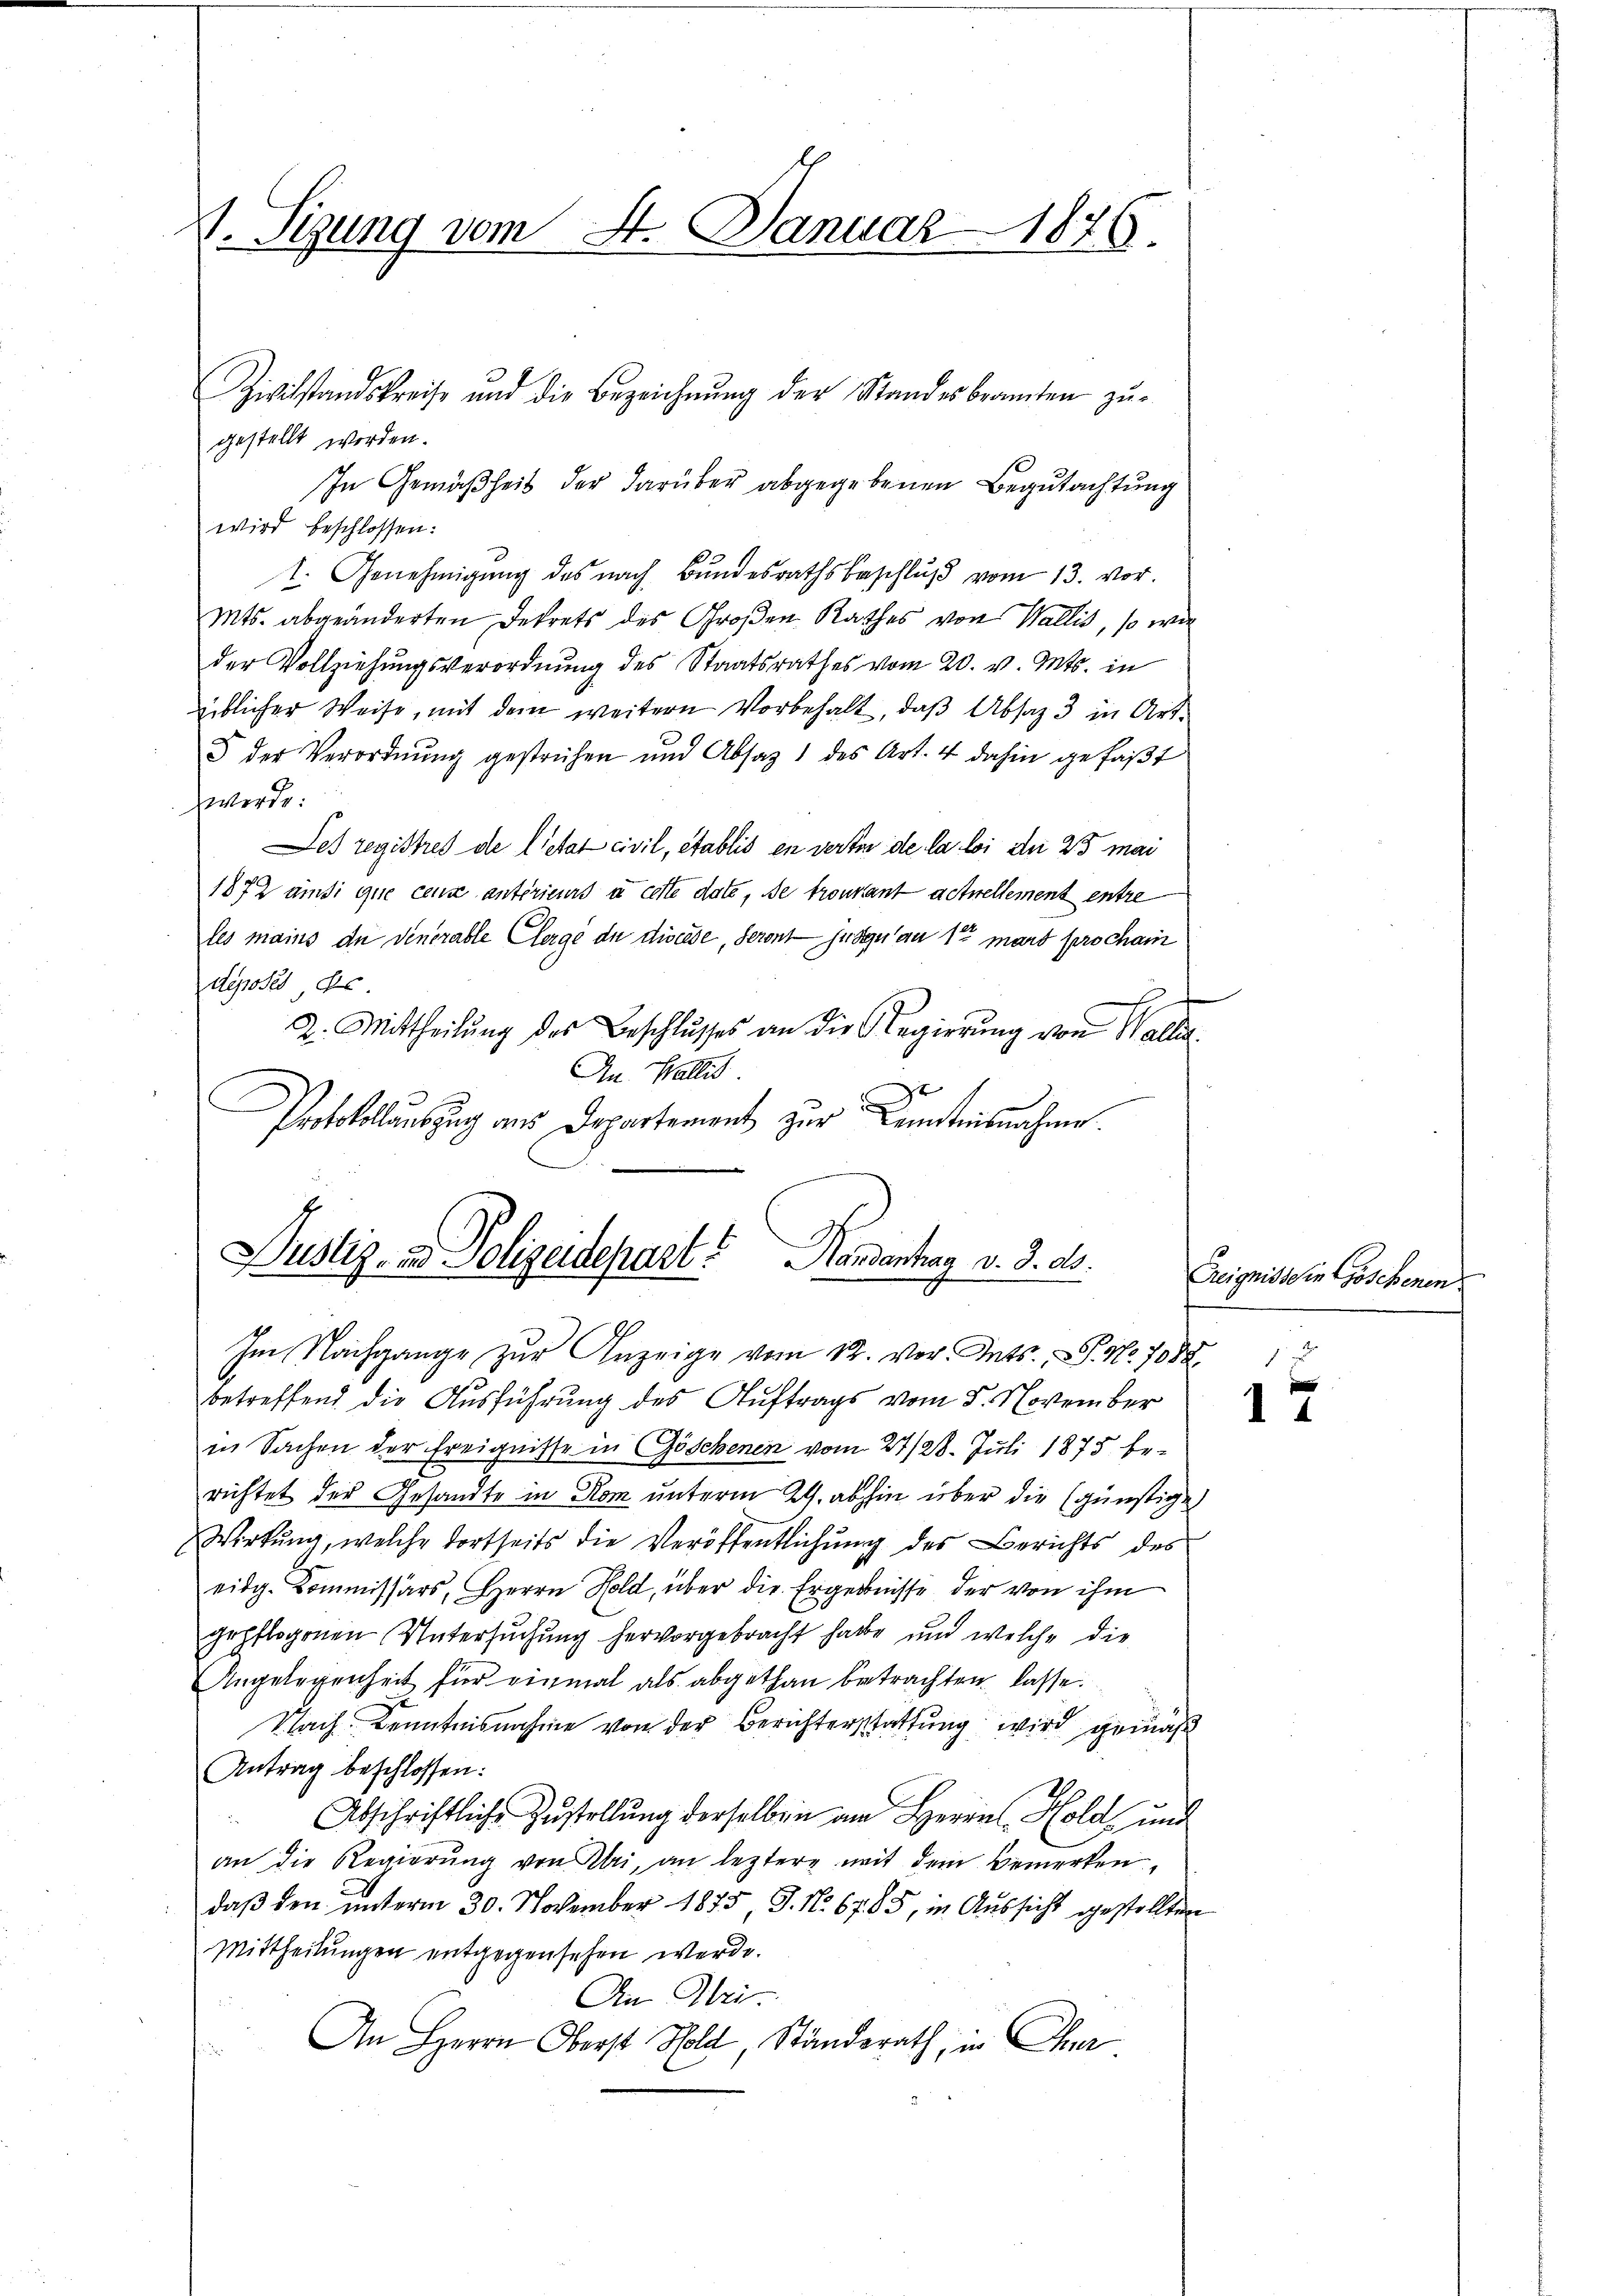
1. Sizung vom 8. Januar 1876.

gestellt worden.
In Gemäßheit der darüber abgegebenen Begutachtung
wird beschlossen:
t. Genehmigung des nach Bundesrathsbeschluß vom 13. vor.
Mts. abgeänderten Dekrets des Großen Rathes von Wallis, so wie
der Vollziehungsverordnung des Staatsrathes vom 20. v. Mts. in
üblicher Weise, mit dem weitern Vorbehalt, daß Absaz 3 in Art.
§ der Verordnŭng gestrichen und Absatz 1 des Art. 4 dahin gefaβt
werde:
Jes registres de lietat civil, établis en verter de la loi du 25 mai
1872 ainsi que cense antérieurs à cette date, de trouvant actuellement entre
les mains de denerable Clerge de divcede, Seront juge an 1te mart prochani
deposés ds.
2. Mittheilung des Beschlusses an die Regierŭng von Wallen
An Wallis
Protokollauszug aus Departement zur Kenntnisnahme.

Zivilstandskreise und die Bezeichnŭng der Standesbeamten zŭ-

Justiz- und Polizeidepart? Handentrag v. 3. d.
Im Nachgange zŭr Anzeige vom 12. vor. Mts., S. Nr. 7088 1

betreffend die Ausführung des Auftrags vom 5. November
in Sachen der Ereignisse in Göschenen vom 27/28. Juli 1875 be-
richtet der Gesandte in Rom unterm 29. abhin über die günstige
Wirkung, welche dortseits die Veröffentlichung des Berichts des
eidg. Kommissärs, Herrn Hold, über die Ergebnisse der von ihm
gepflogenen Untersuchung hervorgebracht habe, und welche die
Angelegenheit für einmal als abgethan betrachten lasse.
Nach Kenntnisnahme von der Berichterstattung wird gemäß
Antrag beschlossen:
Abschriftliche Zustellung derselben am Herrn Hold, und
an die Regierŭng von Klei, an leztere mit dem Bemerken
daß den unterm 30. November 1875, J. No. 67. 85, in Aussicht gestellten
Mittheilungen entgegensehen werde.
An Obri
An Herrn Oberst Holz, Ständerath, in Char

Ereignissen Göschenen

I